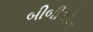
બીબીએન